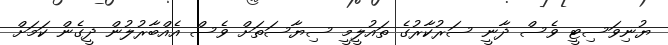
ޔުނިވަސިޓީ ވެސް ދާނީ ސަރުކާރުގެ ތައުލީމީ ސިޔާސަތަށް ވެސް އެއްބާރުލުން ދީގެން ކަމަށް